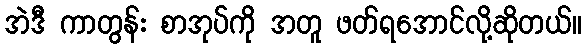
အဲဒီ ကာတွန်း စာအုပ်ကို အတူ ဖတ်ရအောင်လို့ဆိုတယ်။